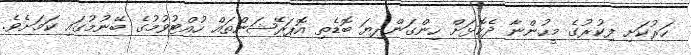
ހަރުކަށި ފިކުރުގެ މީހުންނާ ދެކޮޅަށް ހިންގަންދިޔަ ބޮޑެތި އޮޕަރޭޝަންތައް ހުއްޓުވުމުގެ ބޭނުމުގައި ކަމަށެވެ.